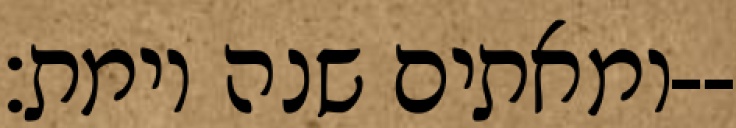
ומאתים שנה וימת׃--